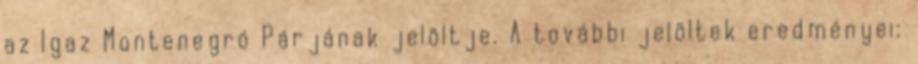
az Igaz Montenegró Párjának jelöltje. A további jelöltek eredményei: